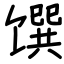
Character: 馔